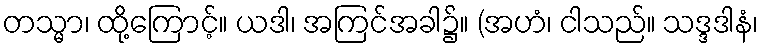
တသ္မာ၊ ထို့ကြောင့်။ ယဒါ၊ အကြင်အခါ၌။ (အဟံ၊ ငါသည်။ သဒ္ဒဒါနံ၊